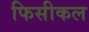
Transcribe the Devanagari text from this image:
फिसीकल